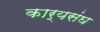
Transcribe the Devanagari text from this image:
कार्यसंघ